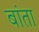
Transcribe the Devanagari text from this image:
बांता